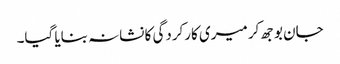
جان بوجھ کر میری کارکردگی کا نشانہ بنایا گیا۔